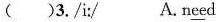
( )3./i:/ A.n\underline{ee}d